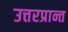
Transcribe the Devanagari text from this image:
उत्तरप्रान्त